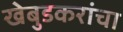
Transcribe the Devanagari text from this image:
खेबुडकरांचा